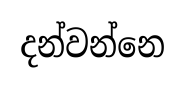
දන්වන්නෙ